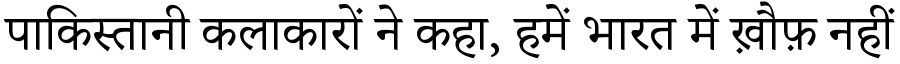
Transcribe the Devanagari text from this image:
पाकिस्तानी कलाकारों ने कहा, हमें भारत में ख़ौफ़ नहीं